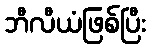
ဘီလီယံဖြစ်ပြီး